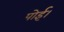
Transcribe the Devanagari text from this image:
पोई।